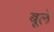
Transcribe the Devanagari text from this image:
बूले